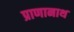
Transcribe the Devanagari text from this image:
प्राणानाथ